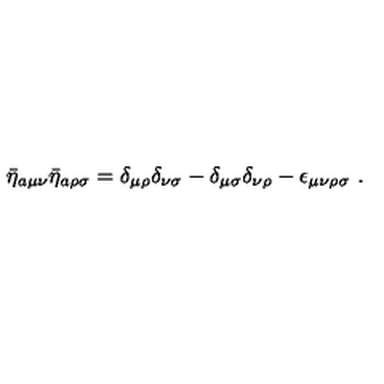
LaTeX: \bar { \eta } _ { a \mu \nu } \bar { \eta } _ { a \rho \sigma } = \delta _ { \mu \rho } \delta _ { \nu \sigma } - \delta _ { \mu \sigma } \delta _ { \nu \rho } - \epsilon _ { \mu \nu \rho \sigma } \ .